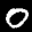
Label: 0